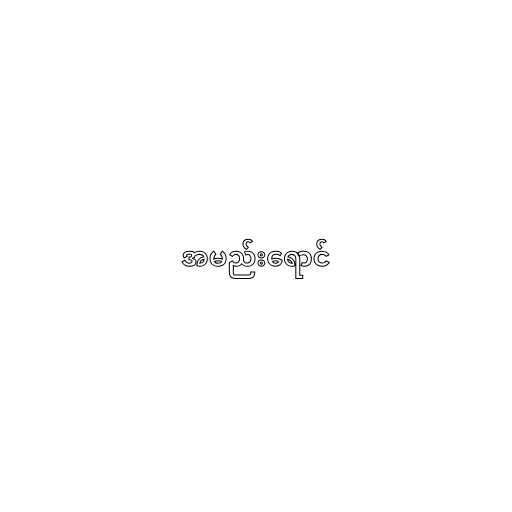
အမည်းရောင်